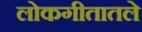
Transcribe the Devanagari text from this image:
लोकगीतातले